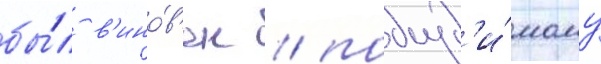
бы́л в'ино́в'ен / подсуд'и́мому